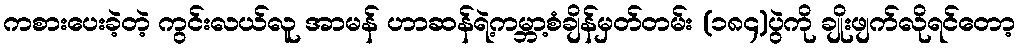
ကစားပေးခဲ့တဲ့ ကွင်းလယ်လူ အာမန် ဟာဆန်ရဲ့ကမ္ဘာ့စံချိန်မှတ်တမ်း (၁၈၄)ပွဲကို ချိုးဖျက်လိုရင်တော့